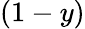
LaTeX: (1-y)